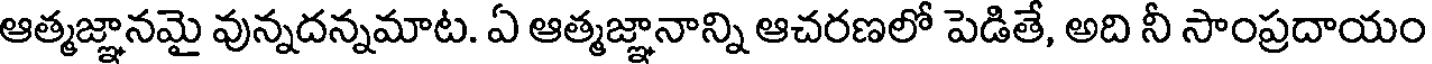
ఆత్మజ్ఞానమై వున్నదన్నమాట. ఏ ఆత్మజ్ఞానాన్ని ఆచరణలో పెడితే, అది నీ సాంప్రదాయం